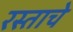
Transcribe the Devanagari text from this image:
रस्ताचे